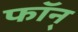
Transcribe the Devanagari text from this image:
फॉन्